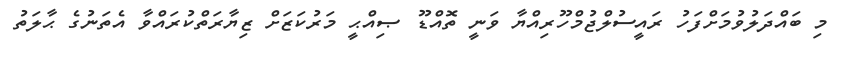
މި ބައްދަލުވުމަށްފަހު ރައީސުލްޖުމްހޫރިއްޔާ ވަނީ ތޮއްޑޫ ޞިއްޙީ މަރުކަޒަށް ޒިޔާރަތްކުރައްވާ އެތަނުގެ ޙާލަތު